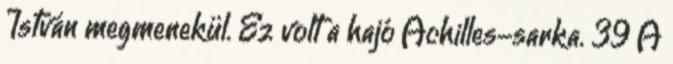
István megmenekül. Ez volt a hajó Achilles-sarka. 39 A